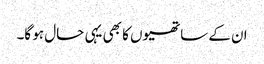
ان کے ساتھیوں کا بھی یہی حال ہو گا۔